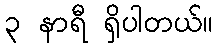
၃ နာရီ ရှိပါတယ်။